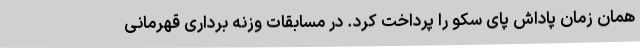
همان زمان پاداش پای سکو را پرداخت کرد. در مسابقات وزنه برداری قهرمانی